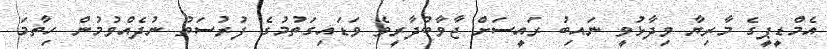
އެމްޑީޕީގެ މާރިޔާ ވިދާޅުވީ ނައިބު ރައީސަށް ޖާވާބުދާރީވެ ވަޑައިގަތުމުގެ ފުރުސަތު ނުދެއްވުމުން ހިތާމަ